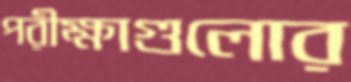
পরীক্ষাগুলোর